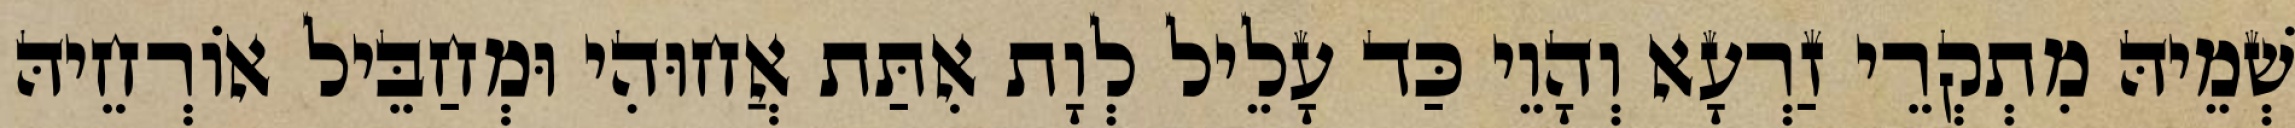
שְׁמֵיהּ מִתְקְרֵי זַרְעָא וְהָוֵי כַּד עָלֵיל לְוָת אִתַּת אֲחוּהִי וּמְחַבֵּיל אוֹרְחֵיהּ